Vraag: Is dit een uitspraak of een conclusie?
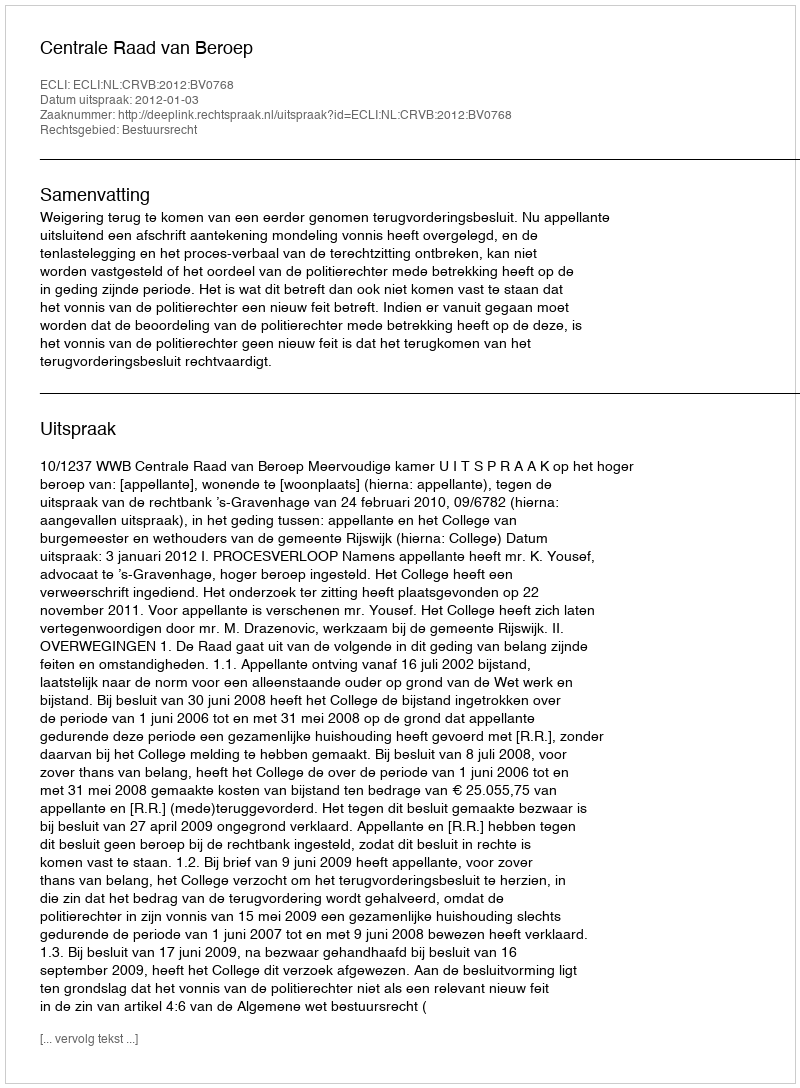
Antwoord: Uitspraak